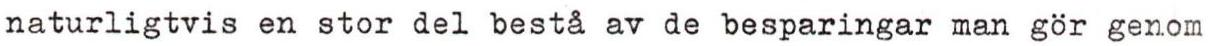
naturligtvis en stor del bestå av de besparingar man gör genom